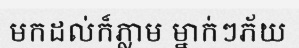
មកដល់ក៏ភ្លាម ម្នាក់ៗភ័យ